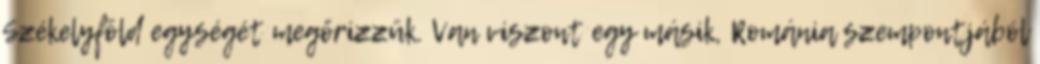
Székelyföld egységét megőrizzük. Van viszont egy másik, Románia szempontjából